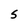
Character: 5